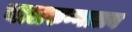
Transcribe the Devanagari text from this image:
बालरुग्णालय